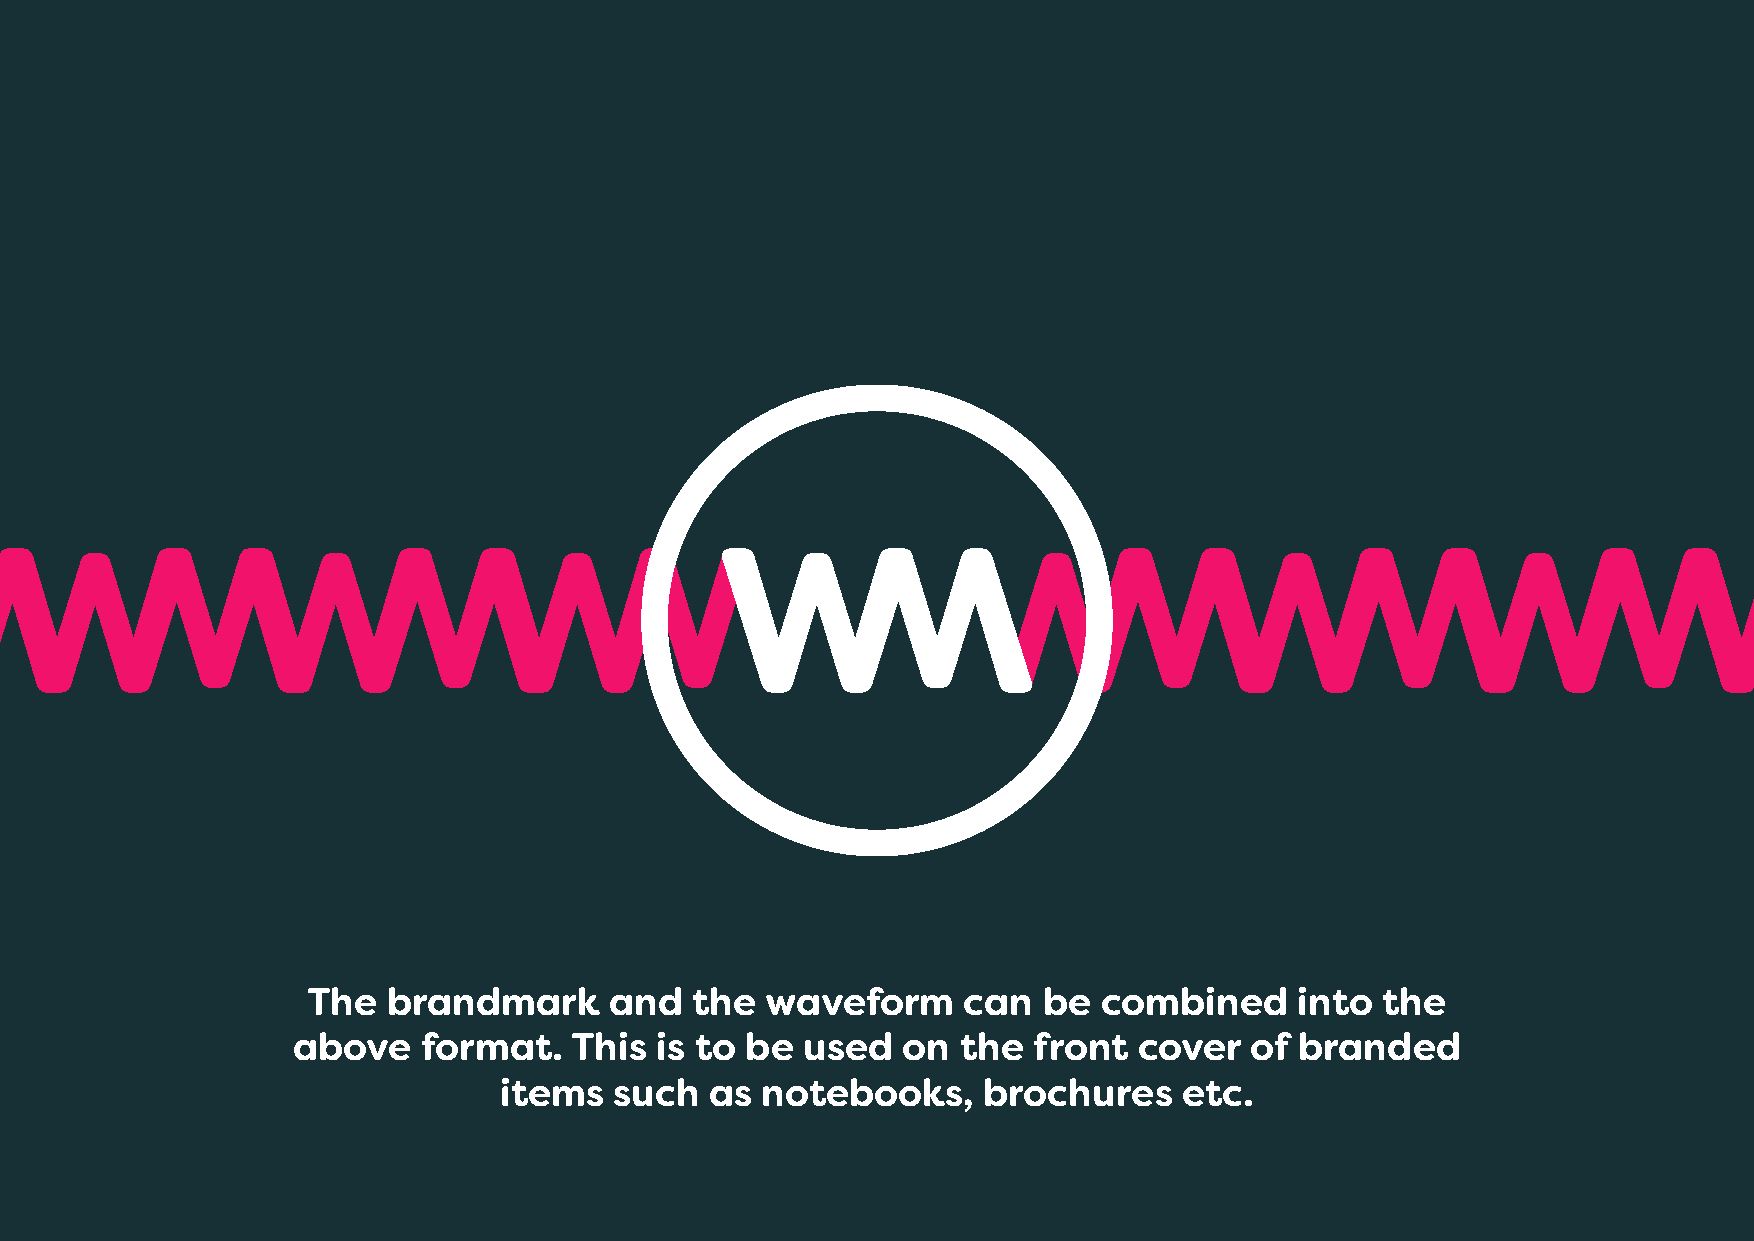
The   brandmark     and   the  waveform     can  be  combined     into  the
 above    format.   This is to be  used   on  the front  cover   of branded
 items   such  as notebooks,     brochures    etc.